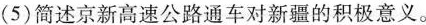
(5)简述京新高速公路通车对新疆的积极意义。